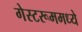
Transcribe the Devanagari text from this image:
गेस्टरूममध्ये